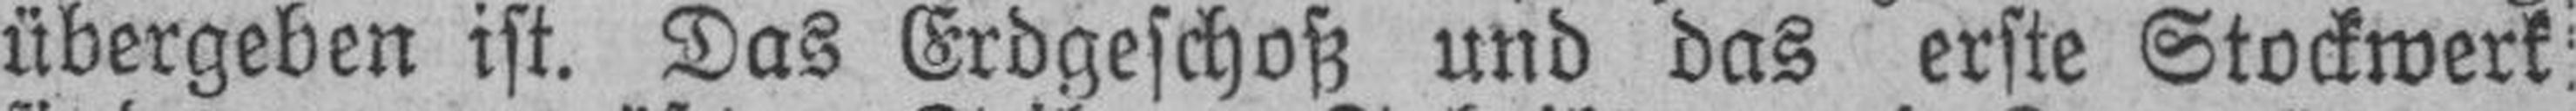
übergeben ist. Das Erdgeschoß und das erste Stockwerk